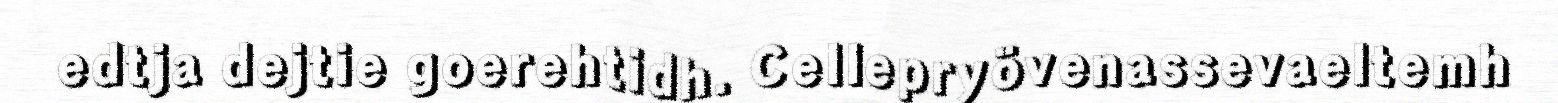
edtja dejtie goerehtidh. Cellepryövenassevaeltemh